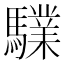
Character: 驜